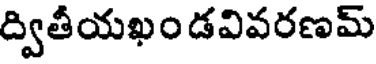
ద్వితీయఖం డవివరణమ్